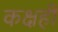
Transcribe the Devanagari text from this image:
कक्षही